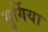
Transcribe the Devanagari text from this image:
मुर्गिया